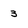
Character: 3